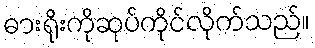
ဓားရိုးကိုဆုပ်ကိုင်လိုက်သည်။